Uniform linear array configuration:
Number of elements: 24
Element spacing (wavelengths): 0.25
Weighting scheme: exponential
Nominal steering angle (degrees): -45
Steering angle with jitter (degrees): -44.275
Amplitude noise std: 0.05
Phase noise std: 0.05

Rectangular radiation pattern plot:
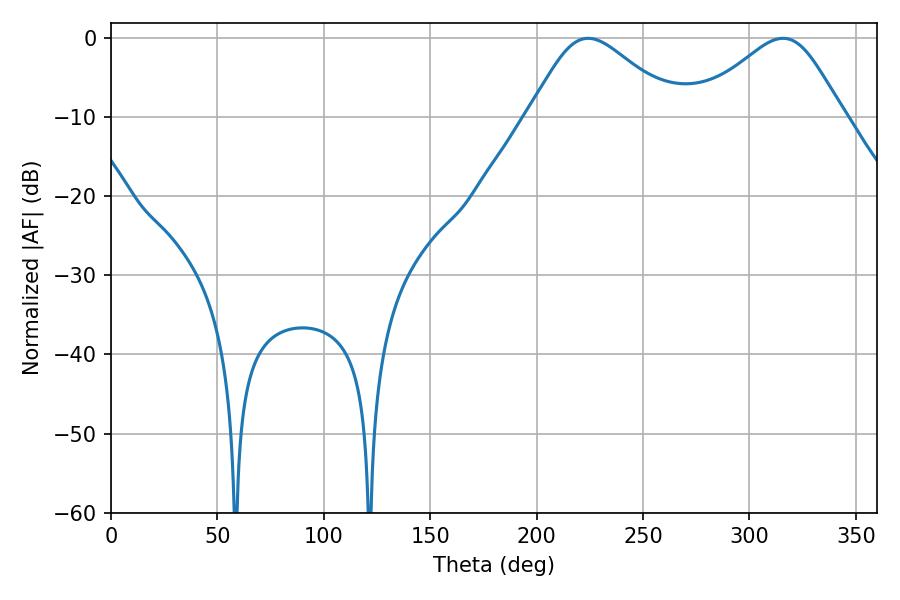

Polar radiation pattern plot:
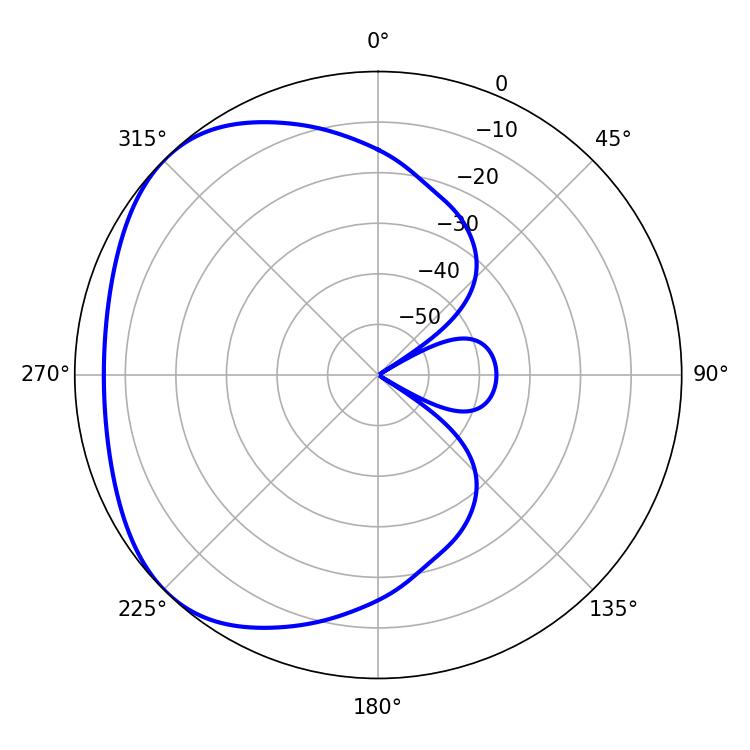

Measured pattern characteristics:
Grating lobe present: FALSE
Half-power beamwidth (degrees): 34.56
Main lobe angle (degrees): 224.28